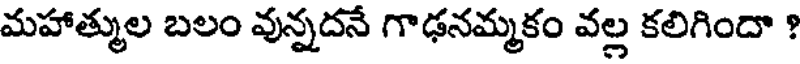
మహాత్ముల బలం వున్నదనే గాఢనమ్మకం వల్ల కలిగిందా ?